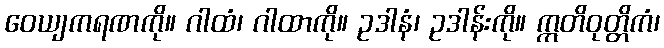
ဝေယျကရဏကို။ ဂါထံ၊ ဂါထာကို။ ဥဒါနံ၊ ဥဒါန်းကို။ ဣတိဝုတ္တိကံ၊